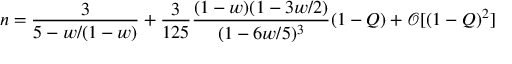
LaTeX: n = \frac { 3 } { 5 - w / ( 1 - w ) } + \frac { 3 } { 1 2 5 } \frac { ( 1 - w ) ( 1 - 3 w / 2 ) } { ( 1 - 6 w / 5 ) ^ { 3 } } ( 1 - Q ) + \mathcal { O } [ ( 1 - Q ) ^ { 2 } ]